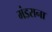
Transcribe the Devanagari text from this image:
मंडराना